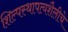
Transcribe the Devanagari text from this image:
शिल्पस्थापत्यशैलीचे